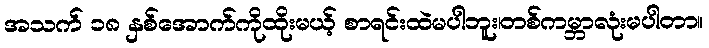
အသက် ၁၈ နှစ်အောက်ကိုထိုးမယ့် စာရင်းထဲမပါဘူး၊တစ်ကမ္ဘာလုံးမပါတာ။